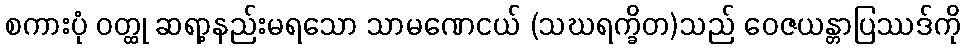
စကားပုံ ဝတ္ထု ဆရာ့နည်းမရသော သာမဏေငယ် (သဃရက္ခိတ)သည် ဝေဇယန္တာပြဿဒ်ကို